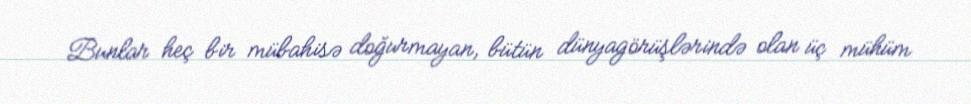
Bunlar heç bir mübahisə doğurmayan, bütün dünyagörüşlərində olan üç mühüm